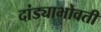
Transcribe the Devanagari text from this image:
दांड्याभोवती